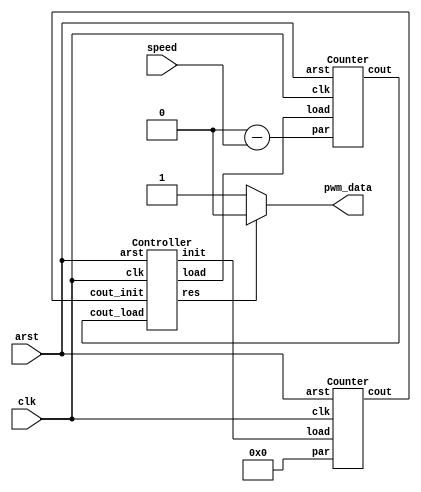
/*--  *******************************************************
--  Computer Architecture Course, Laboratory Sources 
--  Amirkabir University of Technology (Tehran Polytechnic)
--  Department of Computer Engineering (CE-AUT)
--  https://ce[dot]aut[dot]ac[dot]ir
--  *******************************************************
--  All Rights reserved (C) 2019-2020
--  *******************************************************
--  Student ID  : 
--  Student Name: 
--  Student Mail: 
--  *******************************************************
--  Additional Comments:
--
--*/

/*-----------------------------------------------------------
---  Module Name: Fan Speed (PWM)
---  Description: Module3: 
-----------------------------------------------------------*/
`timescale 1 ns/1 ns

module FanSpeed (
	input        arst     , // reset [asynch]  
	input        clk      , // clock [posedge] 
	input  [7:0] speed    , // speed [duty-cycle]  
	output       pwm_data   // data  [output]
);

	wire cout_load, cout_init, load, init, res;
	
	wire [7:0] par_value;
	assign par_value = 9'b100000000 - speed; 
	
	Counter c_load(arst, clk, load, par_value, cout_load);
	Counter c_init(arst, clk, init, {8'b00000000}, cout_init);
	
	Controller cntrl(cout_init, cout_load, clk, arst, load, init, res);
	
	assign pwm_data = res ? 1'b0: 1'b1;

endmodule 


module Counter(
	input arst,
	input clk,
	input load,
	input [7:0] par,
	output cout
);
	
	reg [7:0] current;
	
	always @ (clk or arst)
	begin
	
		if (arst)
			current <= 8'b00000000;
			
		else
		begin
		
			if (load)
				current <= par;
			else
				current <= current + 1'b1;
		end
			
	end
	
	assign cout = &(current);
	

endmodule



module Controller(
	input cout_init,
	input cout_load,
	input clk,
	input arst,
	output load,
	output init,
	output res
);

	reg [1:0] p_s, n_s;
	
	parameter [1:0] A = 2'b00, B = 2'b01, C = 2'b10;
	
	always @ (p_s or cout_init or cout_load)
		begin
			
			n_s = B;
			case(p_s)
				A: n_s = B;
				B: n_s = cout_load ? (cout_init ? A: C): B;
				C: n_s = cout_init ? A: C;
				default: n_s = B;
			endcase
			
		end
		
		
		always @(posedge clk or  posedge arst)
		begin
			if (arst)
				p_s <= A;
			else
				p_s <= n_s;
		end 
		
		
		assign init = (p_s == A) ? 1'b1: 1'b0;
		assign load = (p_s == A) ? 1'b1: 1'b0;
		assign res = (p_s == C) ? 1'b1: 1'b0;

endmodule